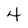
Character: 4